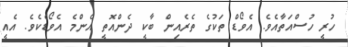
ހުރީ ހުސްއަތާއެވެ. އެވޯޑް ތަކުގެ ތެރެއިން ބާކީ ދެންއޮތީ އެންމެ އެވޯޑެކެވެ. އެއީ